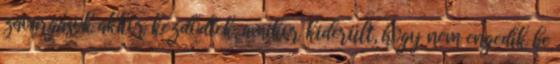
zavargások akkor kezdődtek, amikor kiderült, hogy nem engedik be